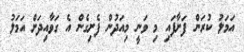
އަމަލު ކުރަން ފަށާފައި މި ވަނީ މިއަދުން ފެށިގެން އެ ގަވާއިދަށް އަމަލު